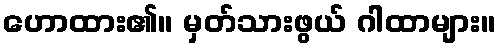
ဟောထား၏။ မှတ်သားဖွယ် ဂါထာများ။